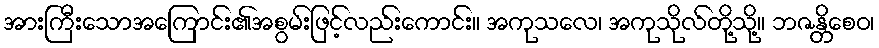
အားကြီးသောအကြောင်း၏အစွမ်းဖြင့်လည်းကောင်း။ အကုသလေ၊ အကုသိုလ်တို့သို့။ ဘဇန္တိစေဝ၊